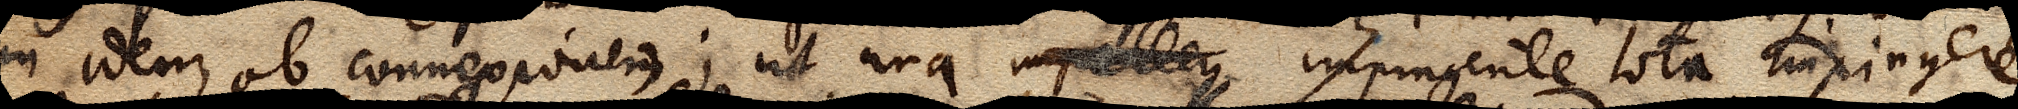
in idem ob connexionem; ut una impellen impingente tota impingere